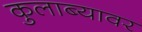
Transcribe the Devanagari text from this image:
कुलाब्यावर